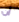
أن